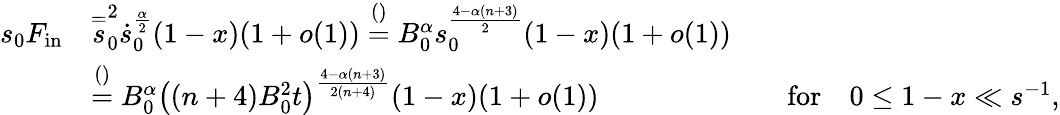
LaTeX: \begin{array}{rlrl}{s_{0}F_{\mathrm{in}}}&{\stackrel{=}s_{0}^{2}\dot{s}_{0}^{\frac\alpha 2}(1-x)(1+o(1))\stackrel{()}=B_{0}^{\alpha}s_{0}^{\frac{4-\alpha(n+3)}{2}}(1-x)(1+o(1))}\\ &{\stackrel{()}=B_{0}^{\alpha}\big((n+4)B_{0}^{2}t\big)^{\frac{4-\alpha(n+3)}{2(n+4)}}(1-x)(1+o(1))}&&{\mathrm{for}\quad 0\le 1-x\ll s^{-1},}\end{array}